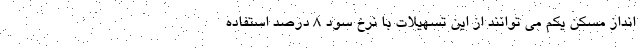
انداز مسکن یکم می توانند از این تسهیلات با نرخ سود 8 درصد استفاده